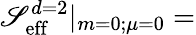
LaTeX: \mathscr{S}_{\mathrm{{eff}}}^{d=2}|_{m=0;\mu=0}=